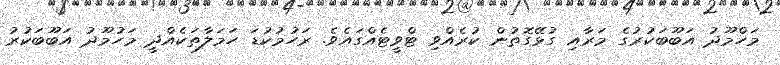
މަހްމޫދު އަބޫބަކުރުގެ މަރާއި ގުޅޭގޮތުން ކުރެއްވި ޓްވީޓެއްގައެވެ. ރަހުމުކުޑަ ހަމަލާތަކެއްދީ މަހުމޫދު އަބޫބަކުރު